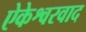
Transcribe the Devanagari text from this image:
ऐकेश्वरवाद